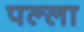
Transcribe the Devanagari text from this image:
पल्‍ला